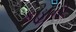
કહાની